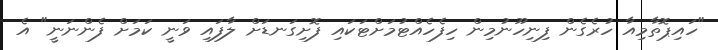
"ހައިޕޮތާމިއާ ހުރެގެން ފިނިހޫނުމިން ހިފެހެއްޓުމަށްޓަކައި ފޮށިގަނޑަށް ލާފައި ވަނީ ކަމަށް ފެންނަނީ" އެ